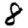
Digit: 8